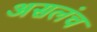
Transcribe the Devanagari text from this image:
असलंच